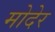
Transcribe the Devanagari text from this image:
मोदेर